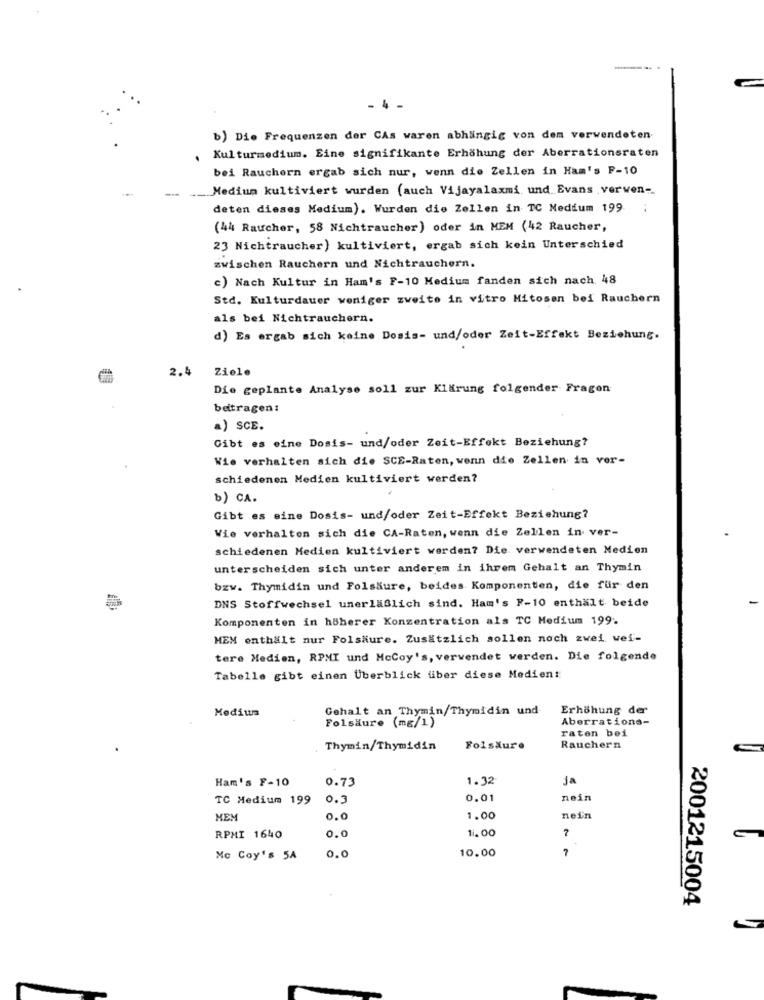
- 4 -
b) Die Frequenzen der CAs waren abhängig von dem verwendeten
Kulturmedium. Eine signifikante Erhöhung der Aberrationsraten
bei Rauchern ergab sich nur, wenn die Zellen in Ham's F-10
Medium kultiviert wurden (auch Vijayalaxmi und. Evans verwen-
deten dieses Medium). Wurden die Zellen in TC Medium 199.
(44 Raucher, 58 Nichtraucher) oder in MEM (42 Raucher,
23 Nichtraucher) kultiviert, ergab sich kein Unterschied
zwischen Rauchern und Nichtrauchern.
c) Nach Kultur in Ham's F-10 Medium fanden sich nach 48
Std. Kulturdauer weniger zweite in vitro Mitosen bei Rauchern
als bei Nichtrauchern.
d) Es ergab sich keine Dosis- und/oder Zeit-Effekt Beziehung.
2.4
Ziele
Die geplante Analyse soll zur Klärung folgender Fragen
beitragen:
a) SCE.
Gibt es eine Dosis- und/oder Zeit-Effekt Beziehung?
Wie verhalten sich die SCE-Raten, wenn die Zellen in ver-
schiedenen Medien kultiviert werden?
b) CA.
Gibt es eine Dosis- und/oder Zeit-Effekt Beziehung?
Wie verhalten sich die CA-Raten, wenn die Zellen in ver-
schiedenen Medien kultiviert werden? Die verwendeten Medien
unterscheiden sich unter anderem in ihrem Gehalt an Thymin
bzw. Thymidin und Folsäure, beides Komponenten, die für den
DNS Stoffwechsel unerläßlich sind. Ham's F-10 enthält beide
Komponenten in höherer Konzentration als TC Medium 199.
HEM enthält nur Folsäure. Zusätzlich sollen noch zwei wei-
tere Medien, RPMI und McCoy's, verwendet werden. Die folgende
Tabelle gibt einen Überblick über diese Medien:
Medium
Gehalt an Thymin/Thymidin und
Erhöhung der
Folsäure (mg/1)
Aberrations-
raten bei
Thymin/Thymidin
Folsäure
Rauchern
Ham's F-10
0.73
1.32
ja
TC Medium 199
0.3
0.01
nein
ME!
0.0
1.00
nein
0.0
11.00
RPMI 1640
10.00
7
Mc Coy's 5A
0.0
2001215004